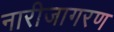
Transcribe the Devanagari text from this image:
नारीजागरण